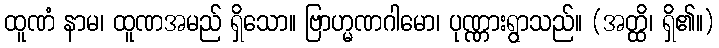
ထူဏံ နာမ၊ ထူဏအမည် ရှိသော။ ဗြာဟ္မဏဂါမော၊ ပုဏ္ဏားရွာသည်။ (အတ္ထိ၊ ရှိ၏။)